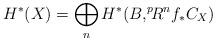
LaTeX: \begin{align*}H^*(X) = \bigoplus_n H^*(B, ^p\! \! R^nf_\ast C_X)\end{align*}